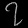
Digit: ၇